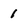
Character: 1